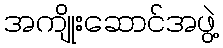
အကျိုးဆောင်အဖွဲ့